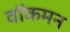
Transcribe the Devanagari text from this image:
वॉकमन